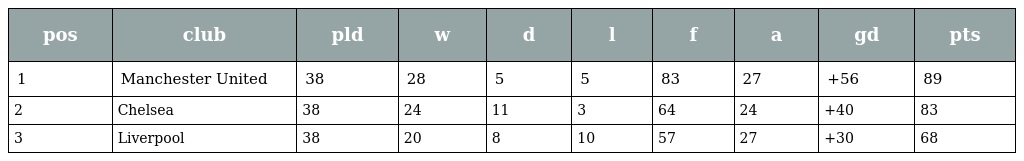
| pos | club | pld | w | d | l | f | a | gd | pts |
 | --- | --- | --- | --- | --- | --- | --- | --- | --- | --- |
 | 1 | Manchester United | 38 | 28 | 5 | 5 | 83 | 27 | +56 | 89 |
 | 2 | Chelsea | 38 | 24 | 11 | 3 | 64 | 24 | +40 | 83 |
 | 3 | Liverpool | 38 | 20 | 8 | 10 | 57 | 27 | +30 | 68 |